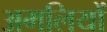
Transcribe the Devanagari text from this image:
अमलियों